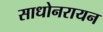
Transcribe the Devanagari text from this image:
साधोनरायन